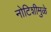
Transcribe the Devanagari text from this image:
नोटिशीमुळे